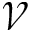
\mathcal { V }